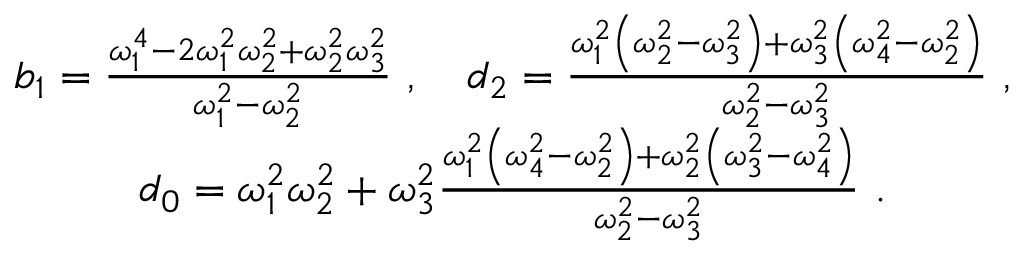
\begin{array} { c } { b _ { 1 } = \frac { \omega _ { 1 } ^ { 4 } - 2 \omega _ { 1 } ^ { 2 } \omega _ { 2 } ^ { 2 } + \omega _ { 2 } ^ { 2 } \omega _ { 3 } ^ { 2 } } { \omega _ { 1 } ^ { 2 } - \omega _ { 2 } ^ { 2 } } \ , \quad d _ { 2 } = \frac { \omega _ { 1 } ^ { 2 } \left( \omega _ { 2 } ^ { 2 } - \omega _ { 3 } ^ { 2 } \right) + \omega _ { 3 } ^ { 2 } \left( \omega _ { 4 } ^ { 2 } - \omega _ { 2 } ^ { 2 } \right) } { \omega _ { 2 } ^ { 2 } - \omega _ { 3 } ^ { 2 } } \ , } \\ { d _ { 0 } = \omega _ { 1 } ^ { 2 } \omega _ { 2 } ^ { 2 } + \omega _ { 3 } ^ { 2 } \frac { \omega _ { 1 } ^ { 2 } \left( \omega _ { 4 } ^ { 2 } - \omega _ { 2 } ^ { 2 } \right) + \omega _ { 2 } ^ { 2 } \left( \omega _ { 3 } ^ { 2 } - \omega _ { 4 } ^ { 2 } \right) } { \omega _ { 2 } ^ { 2 } - \omega _ { 3 } ^ { 2 } } \ . } \end{array}